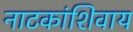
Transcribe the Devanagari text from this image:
नाटकांशिवाय